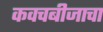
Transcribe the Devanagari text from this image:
कवचबीजाचा